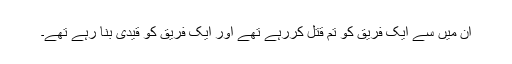
ان میں سے ایک فریق کو تم قتل کررہے تھے اور ایک فریق کو قیدی بنا رہے تھے۔